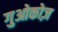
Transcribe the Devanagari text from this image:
गुओकोज़